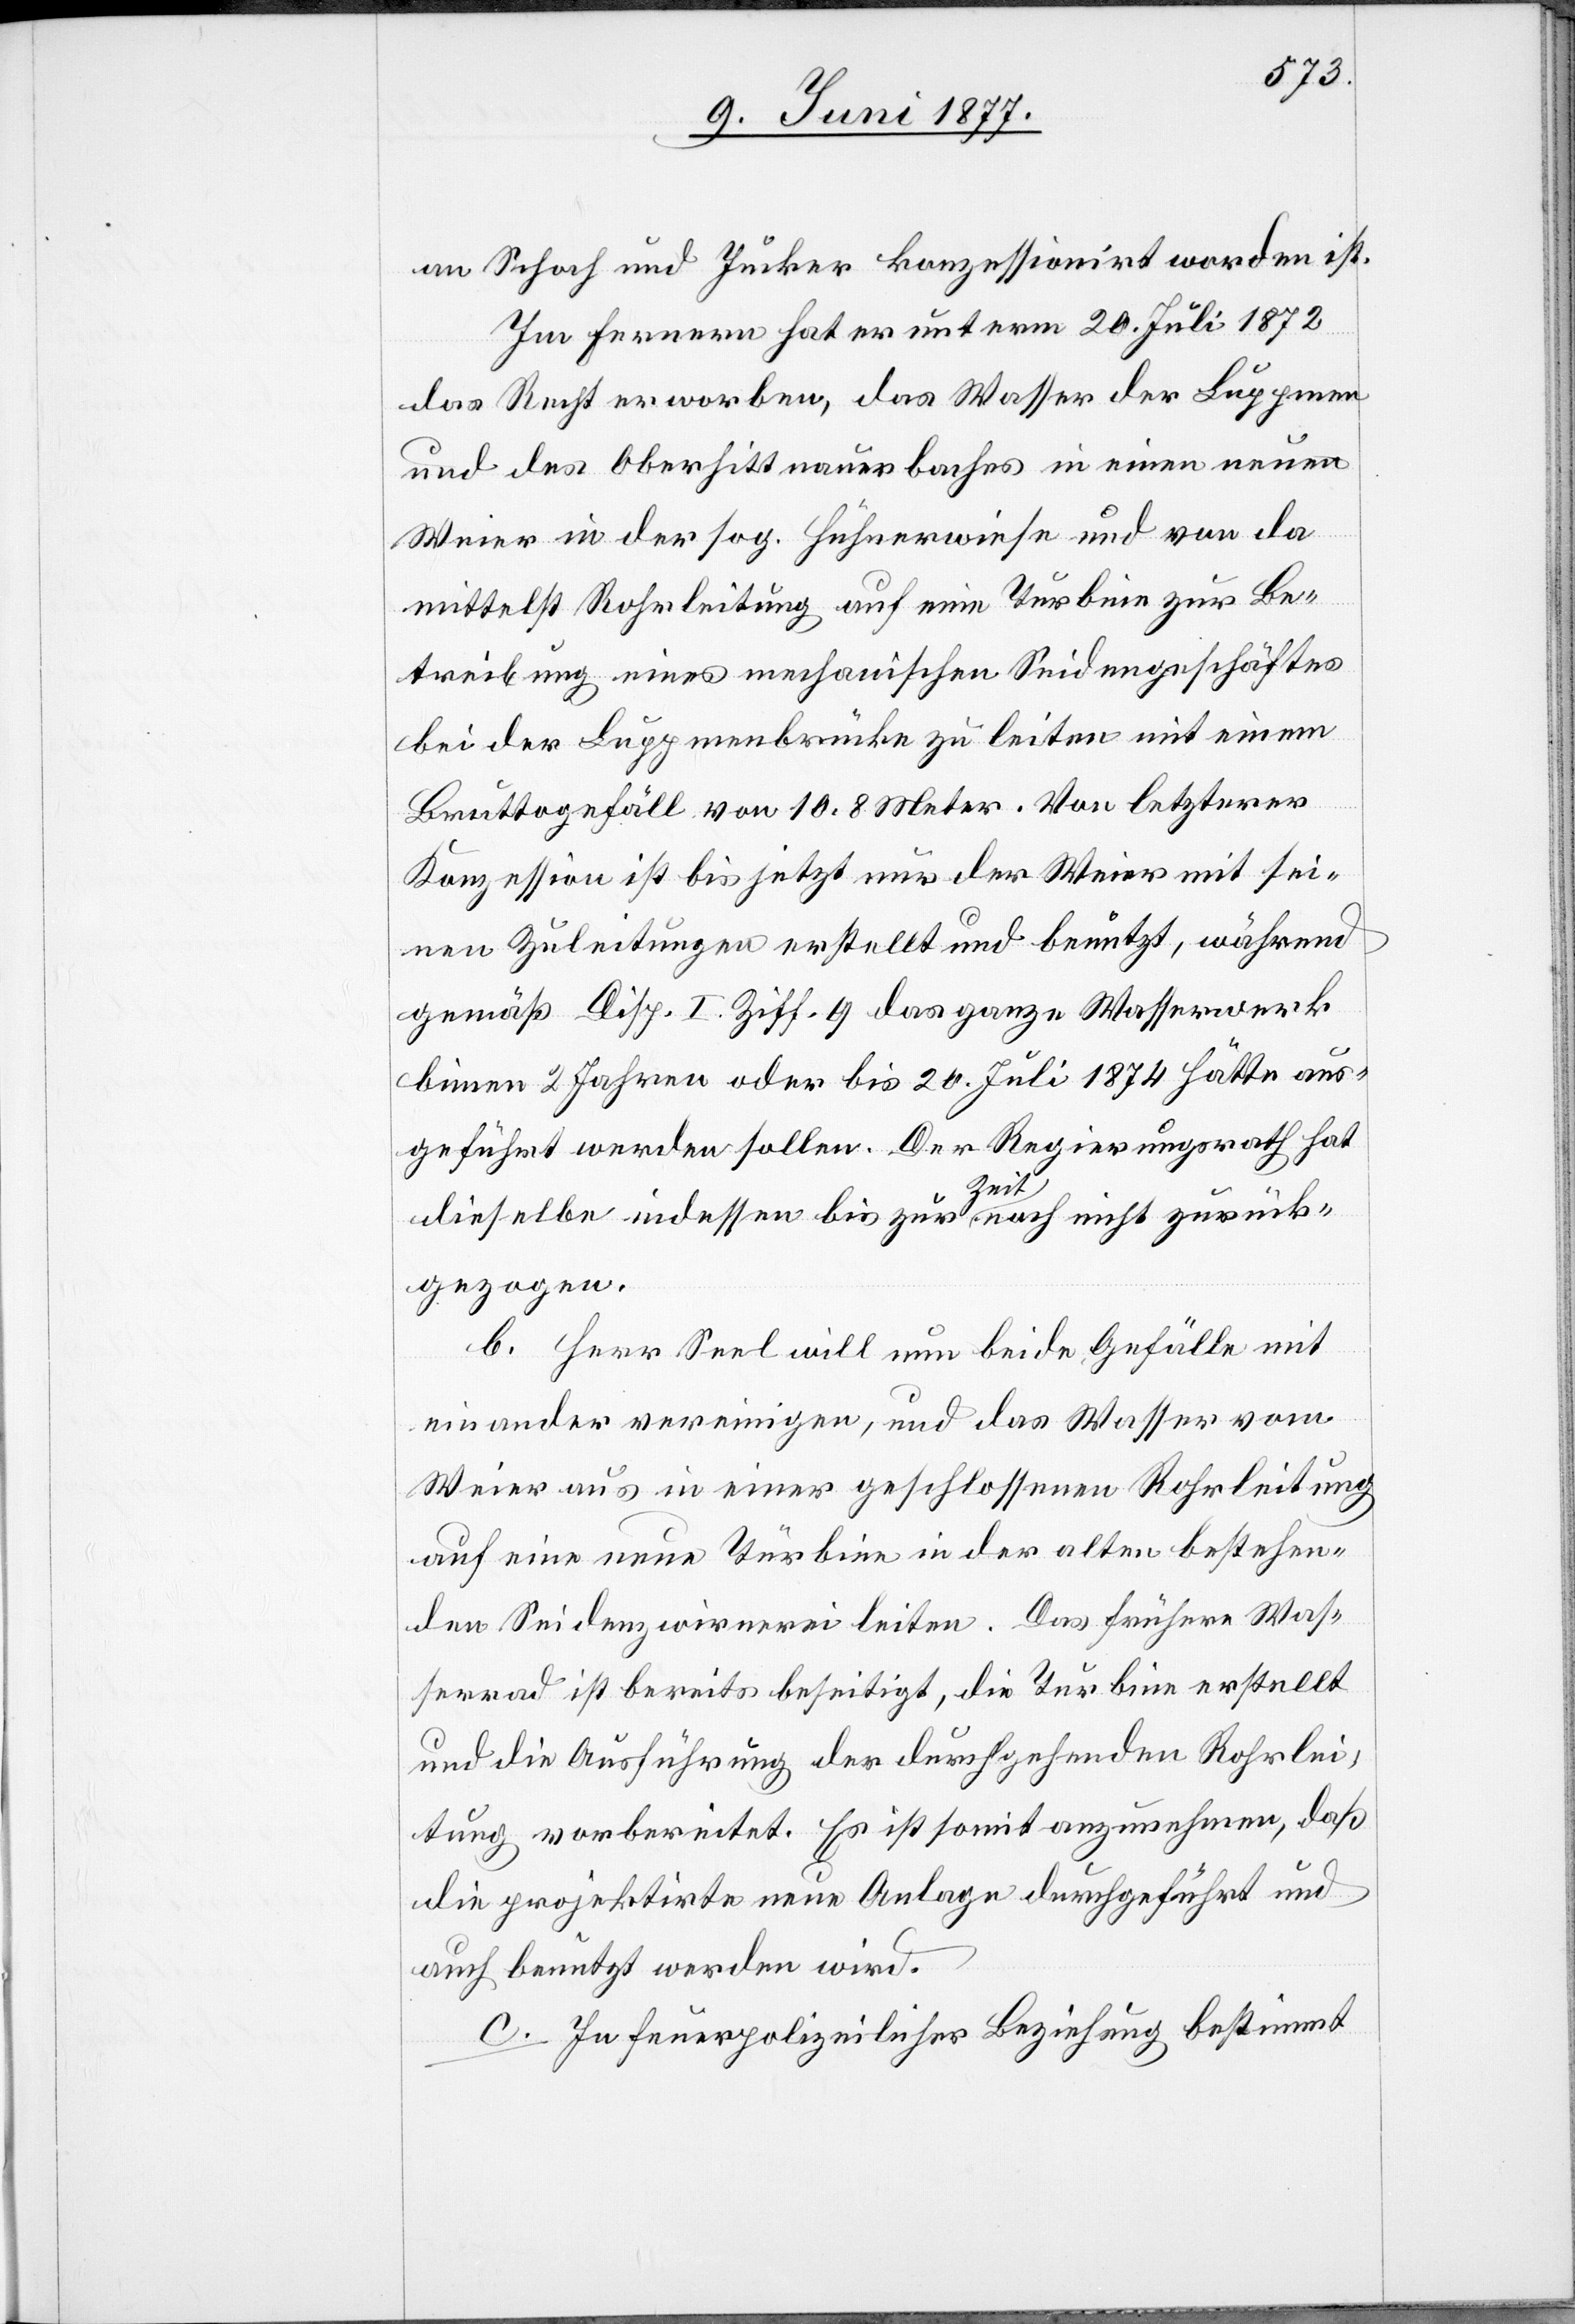
an Schoch und Jucker konzessionirt worden ist.
Im Fernern hat er unterm 20. Juli 1872
das Recht erworben, das Wasser der Luppmen
und des Oberhittnauerbaches in einen neuen
Weier in der sog. Hühnerwiese und von da
mittelst Rohrleitung auf eine Turbine zur Be¬
treibung eines mechanischen Seidengeschäftes
bei der Luppmenbrücke zu leiten mit einem
Bruttogefäll von 10.8 Meter. Von letzterer
Konzession ist bis jetzt nur der Weier mit sei¬
nen Zuleitungen erstellt und benutzt, während
gemäß Disp. I. Ziff. 9 das ganze Wasserwerk
binnen 2 Jahren oder bis 20. Juli 1874 hätte aus¬
geführt werden sollen. Der Regierungsrath hat
dieselbe indessen bis zur Zeit noch nicht zurück¬
gezogen.
b. Herr Seel will nun beide Gefälle mit
einander vereinigen, und das Wasser vom
Weier aus in einer geschlossenen Rohrleitung
auf eine neue Turbine in der alten bestehen¬
den Seidenzwirnerei leiten. Das frühere Was¬
serrad ist bereits beseitigt, die Turbine erstellt
und die Ausführung der durchgehenden Rohrlei¬
tung vorbereitet. Es ist somit anzunehmen, daß
die projektirte neue Anlage durchgeführt und
auch benutzt werden wird.
c. In feuerpolizeilicher Beziehung bestimmt